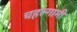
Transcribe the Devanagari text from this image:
चहल्गामी